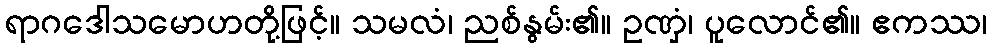
ရာဂဒေါသမောဟတို့ဖြင့်။ သမလံ၊ ညစ်နွမ်း၏။ ဥဏှံ၊ ပူလောင်၏။ ဧကဿ၊